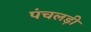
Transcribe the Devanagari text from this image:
पंचलड़ी